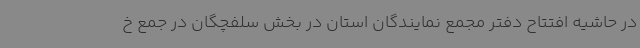
در حاشیه افتتاح دفتر مجمع نمایندگان استان در بخش سلفچگان در جمع خ